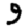
Digit: 9